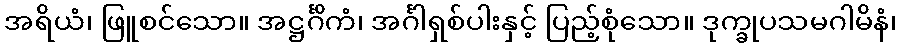
အရိယံ၊ ဖြူစင်သော။ အဋ္ဌင်္ဂိကံ၊ အင်္ဂါရှစ်ပါးနှင့် ပြည့်စုံသော။ ဒုက္ခုပသမဂါမိနံ၊